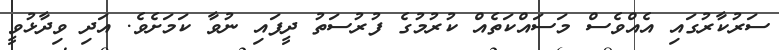
ސަރުކާރުގައި އެއްވެސް މަސައްކަތެއް ކުރުމުގެ ފުރުސަތު ދީފައި ނުވާ ކަމަށެވެ. އަދި ވިދާޅުވީ